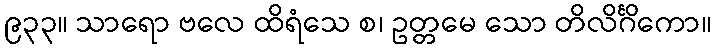
၉၃၃။ သာရော ဗလေ ထိရံသေ စ၊ ဥတ္တမေ သော တိလိင်္ဂိကော။